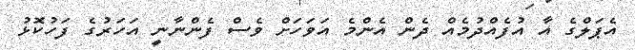
އެޕަލްގެ އާ އުފެއްދުމެއް ދެން އެންމެ އަވަހަށް ވެސް ފެންނާނީ އަހަރުގެ ފަހުކޮޅު